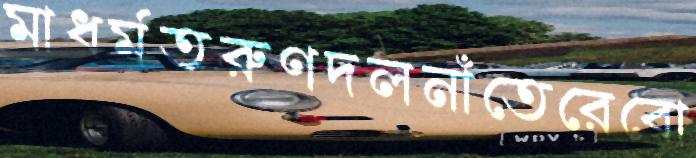
মাধর্মতরুণদলনাঁতেরেবো